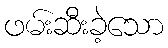
ဖမ်းဆီးခဲ့သော